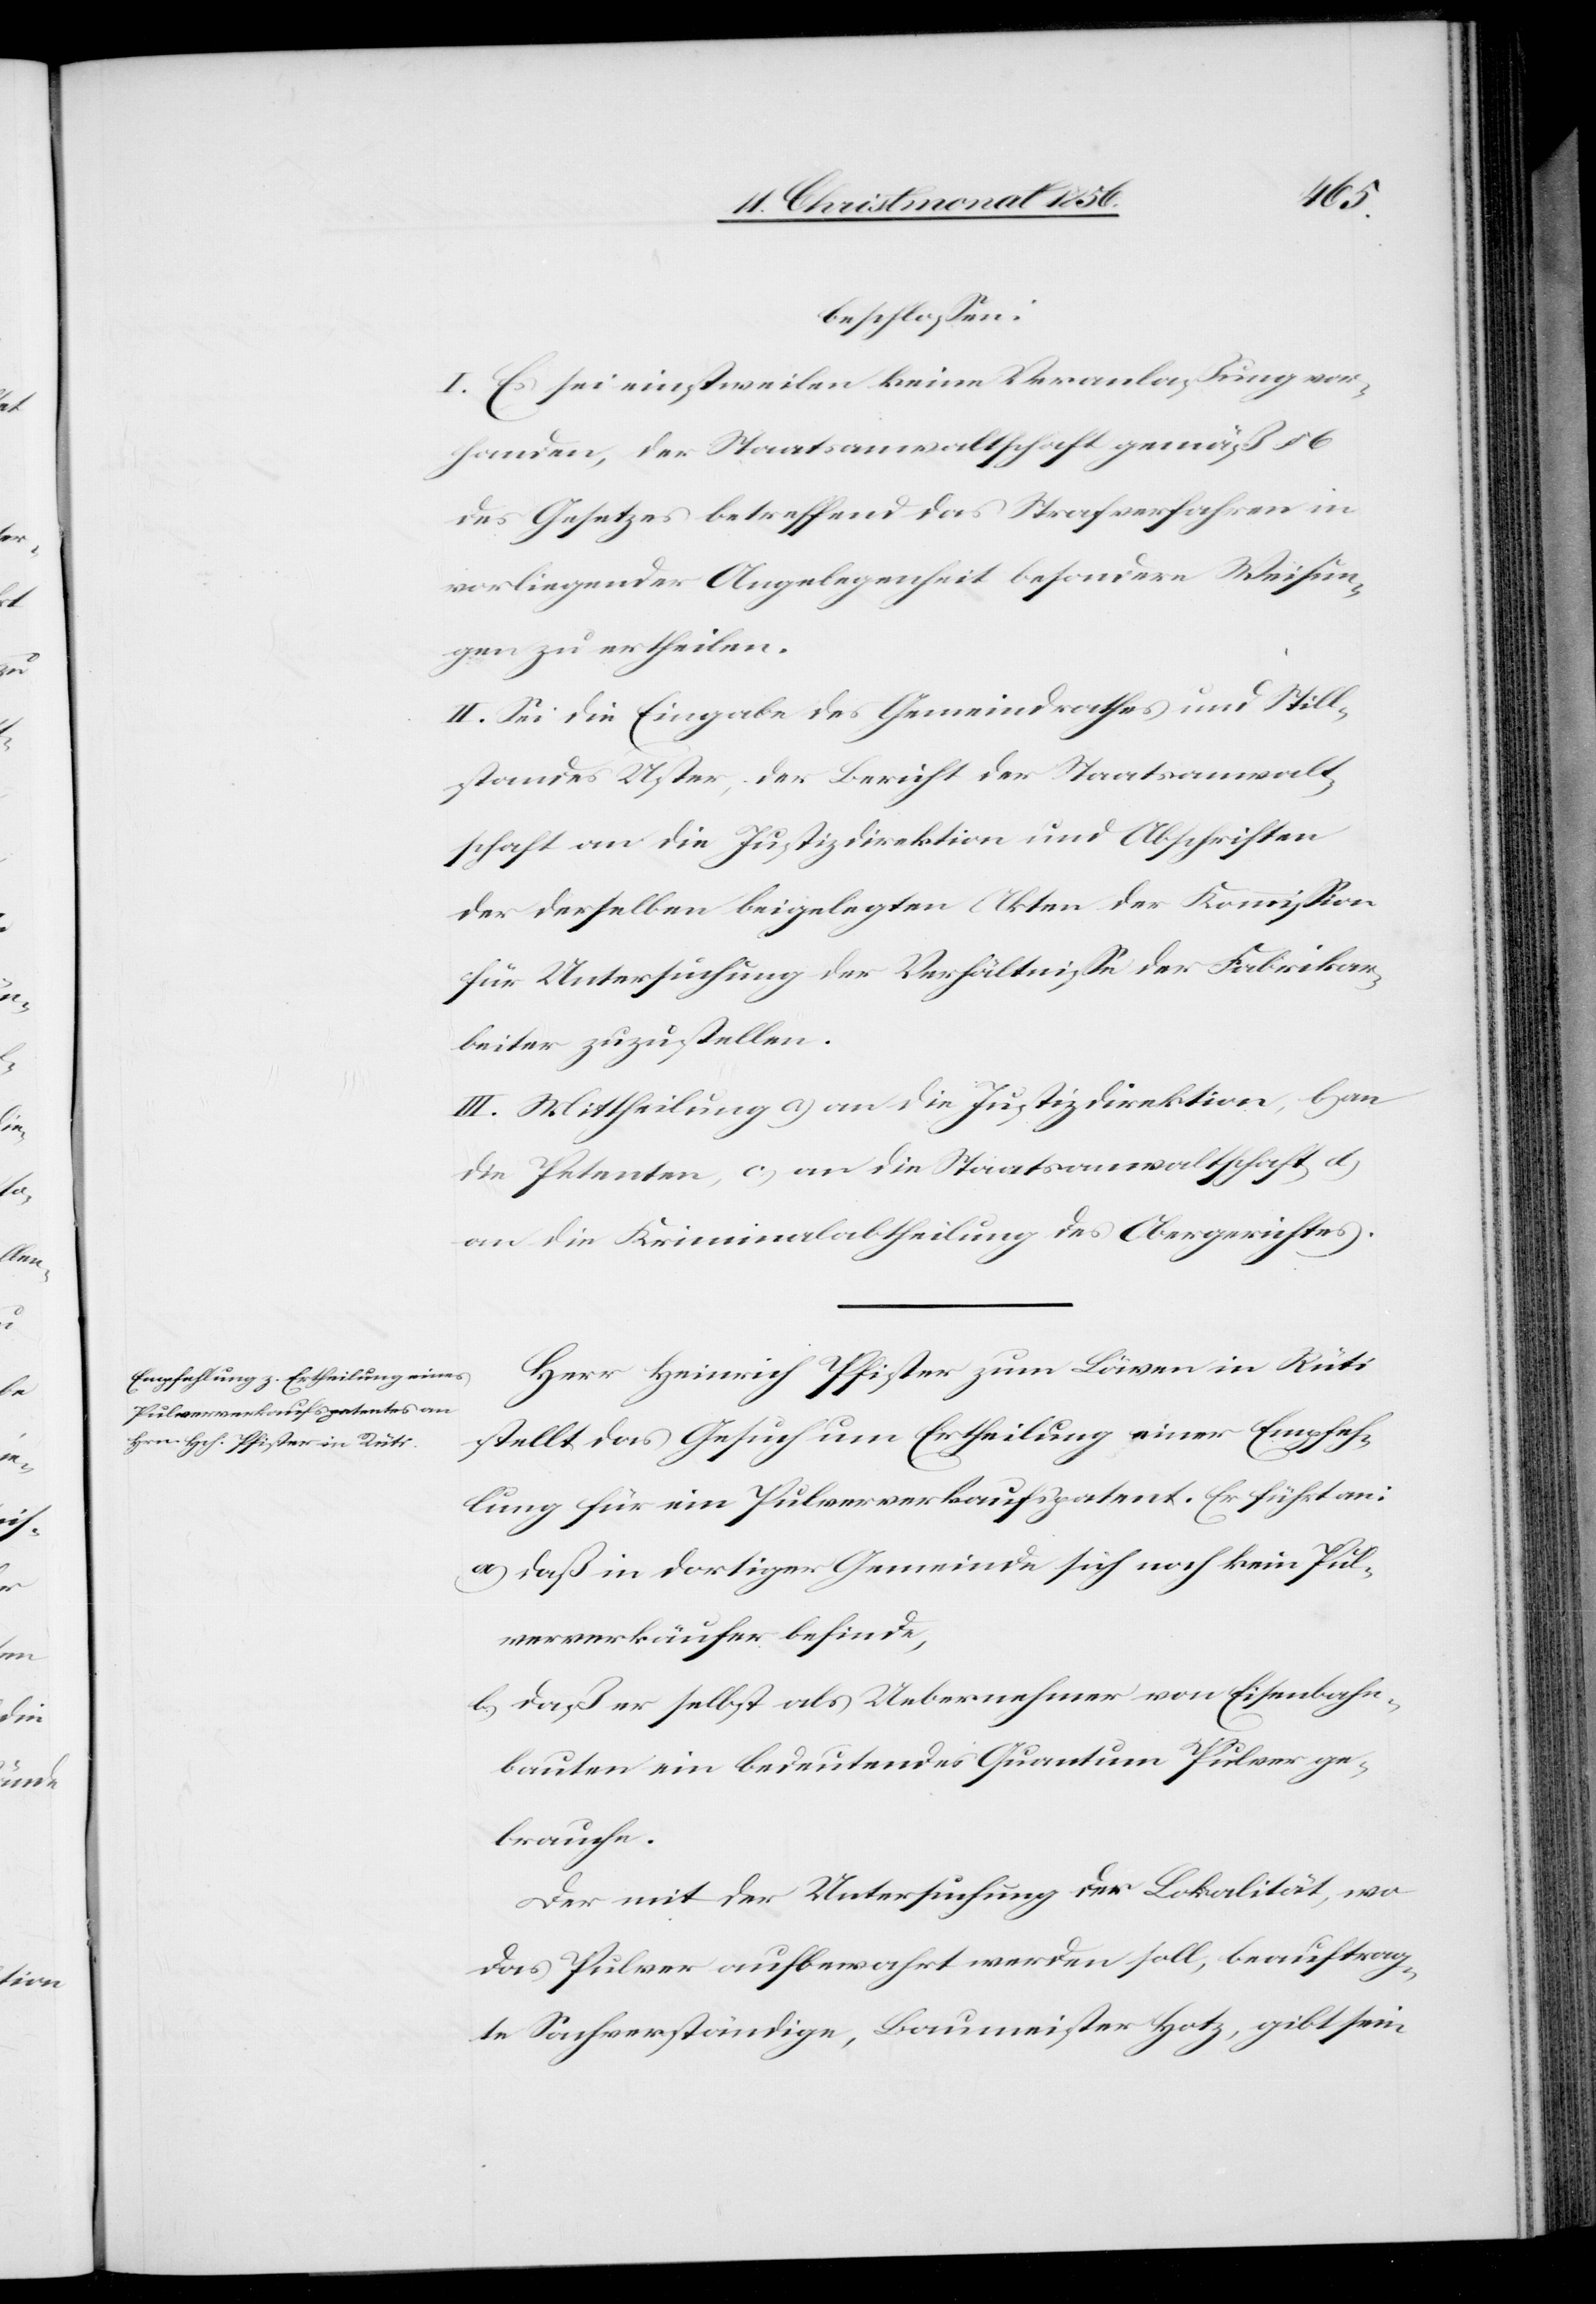
beschlossen:
I. Es sei einstweilen keine Veranlaßung vor¬
handen, der Staatsanwaltschaft gemäß § 6
des Gesetzes betreffend das Strafverfahren in
vorliegender Angelegenheit besondere Weisun¬
gen zu ertheilen.
II. Sei die Eingabe des Gemeindrathes und Still¬
standes Uster, der Bericht der Staatsanwalt¬
schaft an die Justizdirektion und Abschriften
der derselben beigelegten Akten der Kommission
für Untersuchung der Verhältnisse der Fabrikar¬
beiter zuzustellen.
III. Mittheilung a) an die Justizdirektion, b) an
die Petenten, c) an die Staatsanwaltschaft, d)
an die Kriminalabtheilung des Obergerichtes.
Herr Heinrich Pfister zum Löwen in Rüti
stellt das Gesuch um Ertheilung einer Empfeh¬
lung für ein Pulververkaufspatent. Er führt an:
a) daß in dortiger Gemeinde sich noch kein Pul¬
ververkäufer befinde,
b) daß er selbst als Uebernehmer von Eisenbahn¬
bauten ein bedeutendes Quantum Pulver ge¬
brauche.
Der mit der Untersuchung der Lokalität, wo
das Pulver aufbewahrt werden soll, beauftrag¬
te Sachverständige, Baumeister Hotz, gibt sein